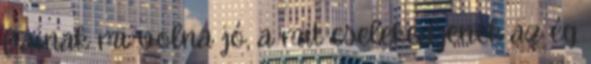
fiainak mi volna jó, a mit cselekedjenek az ég